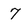
Character: 7